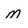
Character: M